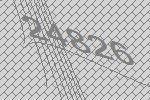
24826